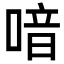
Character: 喑